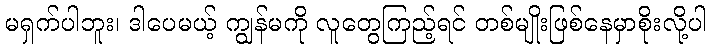
မရှက်ပါဘူး၊ ဒါပေမယ့် ကျွန်မကို လူတွေကြည့်ရင် တစ်မျိုးဖြစ်နေမှာစိုးလို့ပါ